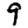
Digit: 9